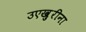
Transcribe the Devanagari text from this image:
उएख़ुरीना